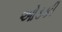
ઓડકી